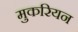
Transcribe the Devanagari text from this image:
मुकरियन